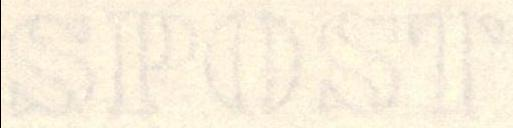
SPOST